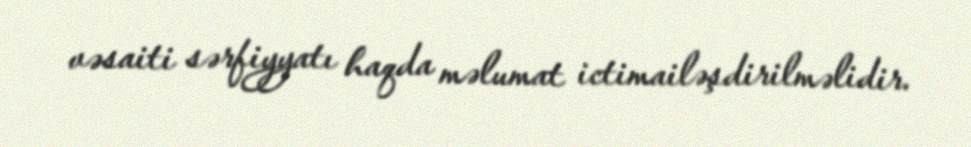
vəsaiti sərfiyyatı haqda məlumat ictimailəşdirilməlidir.